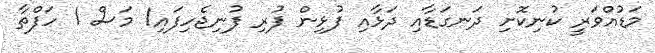
މަޑުއްވަރީ ކުނިކޮށި ދަނގަޑާއި ދަޅާއި ފުޅިން ފުރި ފުނިޖެހިފައި1 މަސް 1 ހަފްތާ